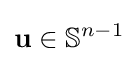
\mathbf {u} \in \mathbb {S} ^{n-1}